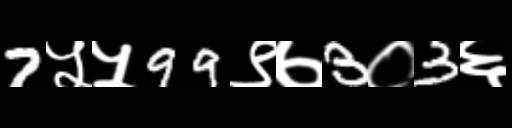
Text: 7५५99९७3०3६